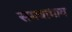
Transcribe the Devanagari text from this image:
समबाभाव